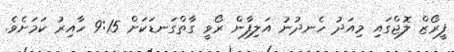
ފީރޯޒް ލޮޖްގައި މިއަދު ހެނދުނު އަލިފާން ރޯވީ ގާތްގަނޑަކަށް 9:15 ހާއިރު ކަމަށެވެ.